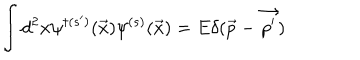
LaTeX: \int d ^ { 2 } x \psi ^ { \dagger ( s ^ { \prime } ) } { ( \vec { x } ) } \psi ^ { ( s ) } { ( \vec { x } ) } = E \delta ( \vec { p } - \vec { p ^ { \prime } } )